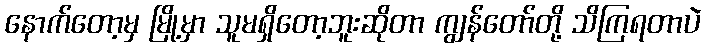
နောက်တော့မှ မြို့မှာ သူမရှိတော့ဘူးဆိုတာ ကျွန်တော်တို့ သိကြရတာပဲ